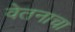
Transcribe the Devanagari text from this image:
वेतनाचा